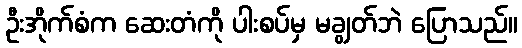
ဦးအိုက်စံက ဆေးတံကို ပါးစပ်မှ မချွတ်ဘဲ ပြောသည်။